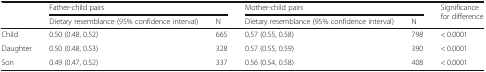
<table><thead><tr><td rowspan="2"></td><td colspan="2"><b>Father-child pairs</b></td><td colspan="2"><b>Mother-child pairs</b></td><td rowspan="2"><b>Significance for difference</b></td></tr><tr><td><b>Dietary resemblance (95% confidence interval)</b></td><td><b>N</b></td><td><b>Dietary resemblance (95% confidence interval)</b></td><td><b>N</b></td></tr></thead><tbody><tr><td>Child</td><td>0.50 (0.48, 0.52)</td><td>665</td><td>0.57 (0.55, 0.58)</td><td>798</td><td>&lt; 0.0001</td></tr><tr><td>Daughter</td><td>0.50 (0.48, 0.53)</td><td>328</td><td>0.57 (0.55, 0.59)</td><td>390</td><td>&lt; 0.0001</td></tr><tr><td>Son</td><td>0.49 (0.47, 0.52)</td><td>337</td><td>0.56 (0.54, 0.58)</td><td>408</td><td>&lt; 0.0001</td></tr></tbody></table>